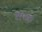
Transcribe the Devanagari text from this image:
रोषड़ा